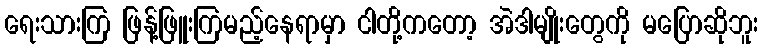
ရေးသားကြ ဖြန့်ဖြူးကြမည့်နေရာမှာ ငါတို့ကတော့ အဲဒါမျိုးတွေကို မပြောဆိုဘူး